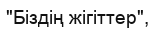
"Біздің жігіттер",